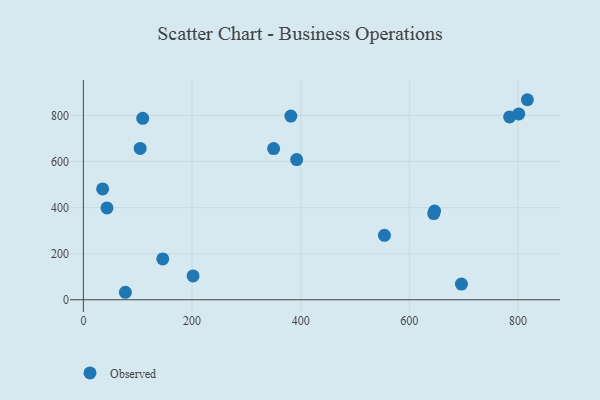
{"axis": {"x": "Engine Size", "y": "Yield"}, "legend": ["Observed"], "data": [{"x": "817.3", "y": 868.0, "type": "Observed"}, {"x": "35.4", "y": 481.1, "type": "Observed"}, {"x": "146.1", "y": 177.0, "type": "Observed"}, {"x": "43.4", "y": 398.7, "type": "Observed"}, {"x": "646.4", "y": 385.0, "type": "Observed"}, {"x": "201.9", "y": 103.3, "type": "Observed"}, {"x": "104.5", "y": 656.6, "type": "Observed"}, {"x": "350.2", "y": 656.1, "type": "Observed"}, {"x": "644.9", "y": 373.8, "type": "Observed"}, {"x": "381.9", "y": 797.0, "type": "Observed"}, {"x": "109.2", "y": 787.2, "type": "Observed"}, {"x": "801.5", "y": 806.2, "type": "Observed"}, {"x": "392.6", "y": 608.4, "type": "Observed"}, {"x": "554.2", "y": 279.4, "type": "Observed"}, {"x": "784.6", "y": 793.5, "type": "Observed"}, {"x": "695.9", "y": 67.9, "type": "Observed"}, {"x": "77.3", "y": 32.5, "type": "Observed"}]}